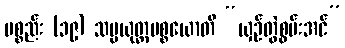
ပစ္စည်း (၁၉) သမ္ပယုတ္တပစ္စယောတိ “ယှဉ်တွဲစွမ်းအင်”